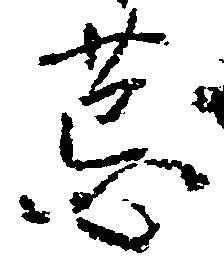
荒